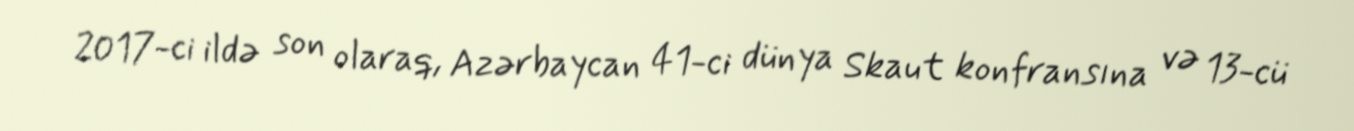
2017-ci ildə son olaraq, Azərbaycan 41-ci dünya Skaut konfransına və 13-cü